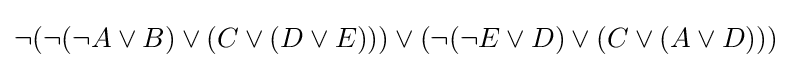
\neg (\neg (\neg A\lor B)\lor (C\lor (D\lor E)))\lor (\neg (\neg E\lor D)\lor (C\lor (A\lor D)))